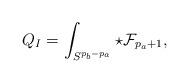
LaTeX: \begin{align*}Q_I=\int_{S^{p_b-p_a}}\star{\cal F}_{p_a+1}, \end{align*}